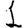
Digit: 1